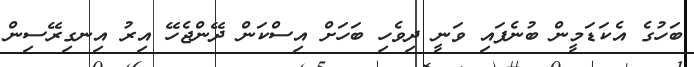
ބަހުގެ އެކަޑަމީން ބުނެފައި ވަނީ ދިވެހި ބަހަށް އިސްކަން ދޭންޖެހޭ އިރު އިނގިރޭސިން